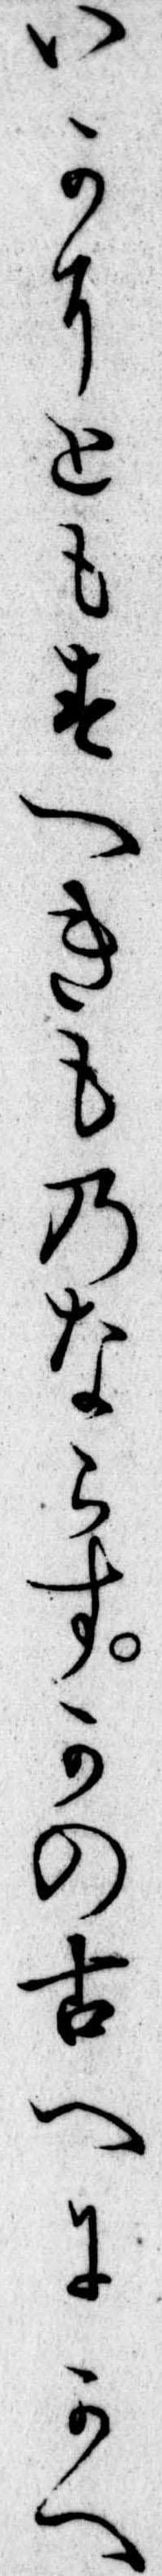
いかにともすへきものならすかの古へにかへ